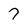
Character: 7